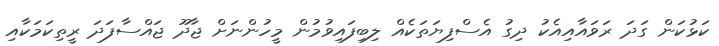
ކަޅުކަން ގަދަ ރަވައާއިއެކު ދިގު އެސްފިޔަތަކެއް ލިބިފައިވުމުން މީހުންނަށް ޖާދޫ ޖައްސާފަދަ ރީތިކަމަކާއި